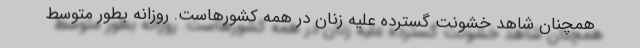
همچنان شاهد خشونت گسترده علیه زنان در همه کشورهاست. روزانه بطور متوسط